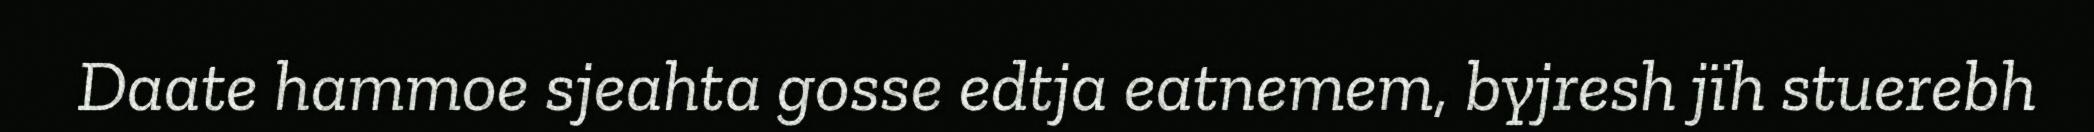
Daate hammoe sjeahta gosse edtja eatnemem, byjresh jïh stuerebh